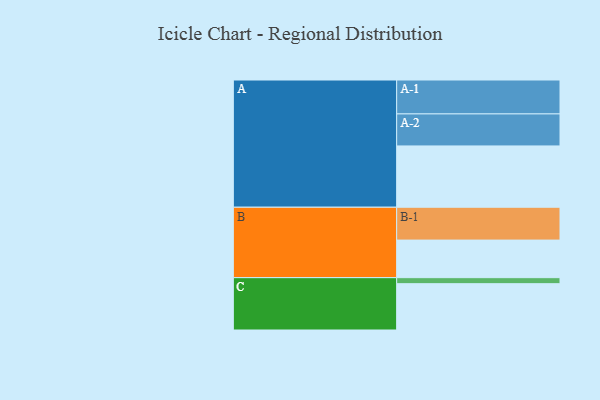
{"axis": {"x": "Segment", "y": "Value"}, "legend": ["", "A", "B", "C"], "data": [{"x": "A", "y": 519, "type": ""}, {"x": "B", "y": 318, "type": ""}, {"x": "C", "y": 392, "type": ""}, {"x": "A-1", "y": 287, "type": "A"}, {"x": "A-2", "y": 271, "type": "A"}, {"x": "B-1", "y": 278, "type": "B"}, {"x": "C-1", "y": 51, "type": "C"}]}